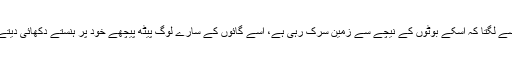
اسے لگتا کہ اسکے بوٹوں کے نیچے سے زمین سرک رہی ہے، اسے گائوں کے سارے لوگ پیٹھ پیچھے خود پر ہنستے دکھائی دیتے۔